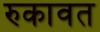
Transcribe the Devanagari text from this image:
रुकावत